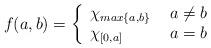
LaTeX: \begin{align*}f(a,b)= \bigg{\{} \begin{array}{lr} \chi_{max\{a,b\}}& \ a \neq b \\ \chi_{[0,a]} & \ a=b \end{array}\end{align*}